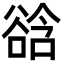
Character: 谽